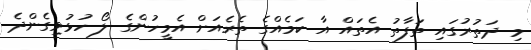
މި ދަތުރުގައި ތަފާތު އެތައް އާ ކަމެއްގެ ތެރެއަށް އެމީހުންގެ ލޯ ހުޅުވިގެންދެ